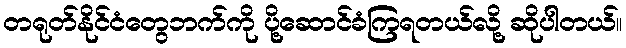
တရုတ်နိုင်ငံတွေဘက်ကို ပို့ဆောင်ခံကြရတယ်လို့ ဆိုပါတယ်။